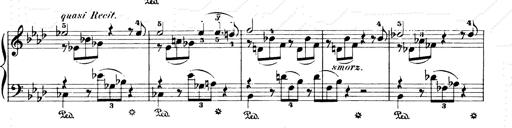
Title: Consolations and LiebestrÃ¤ume for the Piano
Composer: Franz Liszt